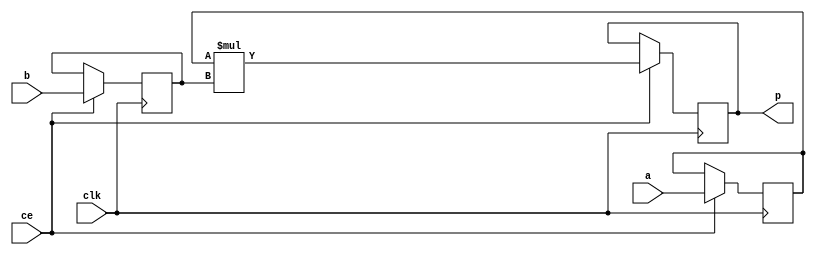
module image_filter_mul_8ns_6ns_13_3_MAC3S_0(clk, ce, a, b, p);
input clk;
input ce;
input[8 - 1 : 0] a; // synthesis attribute keep a "true"
input[6 - 1 : 0] b; // synthesis attribute keep b "true"
output[13 - 1 : 0] p;

reg [8 - 1 : 0] a_reg0;
reg [6 - 1 : 0] b_reg0;
wire [13 - 1 : 0] tmp_product;
reg [13 - 1 : 0] buff0;

assign p = buff0;
assign tmp_product = a_reg0 * b_reg0;
always @ (posedge clk) begin
    if (ce) begin
        a_reg0 <= a;
        b_reg0 <= b;
        buff0 <= tmp_product;
    end
end
endmodule